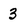
Character: 3